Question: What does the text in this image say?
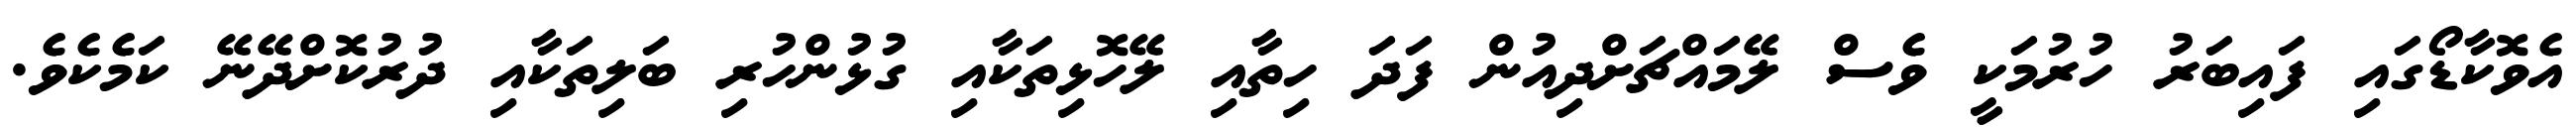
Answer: އެވޮކާޑޯގައި ފައިބަރު ހުރުމަކީ ވެސް ލޭމައްޗަށްދިއުން ފަދަ ހިތާއި ލޭހޮޅިތަކާއި ގުޅުންހުރި ބަލިތަކާއި ދުރުކޮށްދޭނޭ ކަމެކެވެ.